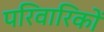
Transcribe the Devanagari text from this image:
परिवारिकों